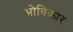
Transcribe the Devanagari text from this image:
ओविकार